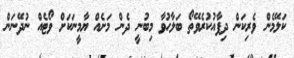
ކަލޭމެން ވެރިކަން ދިފާއުކުރެވޭތޯ ބަލާހުވާ މިބުނީ ދެން މަށެއް ޔާމީނަކަށް ވޯޓެއް ނުދޭނަން